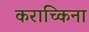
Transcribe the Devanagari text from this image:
कराच्किना